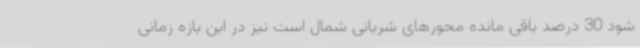
شود 30 درصد باقی مانده محورهای شریانی شمال است نیز در این بازه زمانی